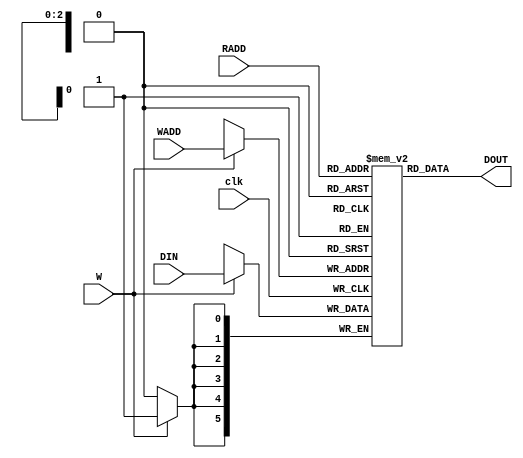
`timescale 1ns / 1ps
//////////////////////////////////////////////////////////////////////////////////
// Company: 
// Engineer: 
// 
// Design Name: 
// Module Name: DIRAM
// Project Name: 
// Target Devices: 
// Tool Versions: 
// Description: 
// 
// Dependencies: 
// 
// Revision:
// Revision 0.01 - File Created
// Additional Comments:
// 
//////////////////////////////////////////////////////////////////////////////////


module DIRAM (clk, DIN,W,WADD,RADD,DOUT);
         input clk, W;
         input [5:0] DIN; 
         input [2:0] WADD, RADD;
         output [5:0] DOUT;
         reg [5:0] RAM [0:7];
integer i;
initial begin
            for (i = 0; i < 8; i = i+1)
                begin
                    RAM[i]= 6'b011111;
                end
end
always@(posedge clk)
  if(W) RAM[WADD]<= DIN;
assign DOUT=RAM[RADD];
endmodule